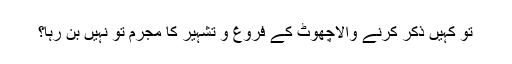
تو کہیں ذکر کرنے والاچھوٹ کے فروغ و تشہیر کا مجرم تو نہیں بن رہا؟